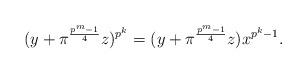
LaTeX: \begin{align*}(y+\pi ^{\frac{p^m-1}{4}}z)^{p^k}=(y+\pi ^{\frac{p^m-1}{4}}z)x^{p^k-1}.\end{align*}